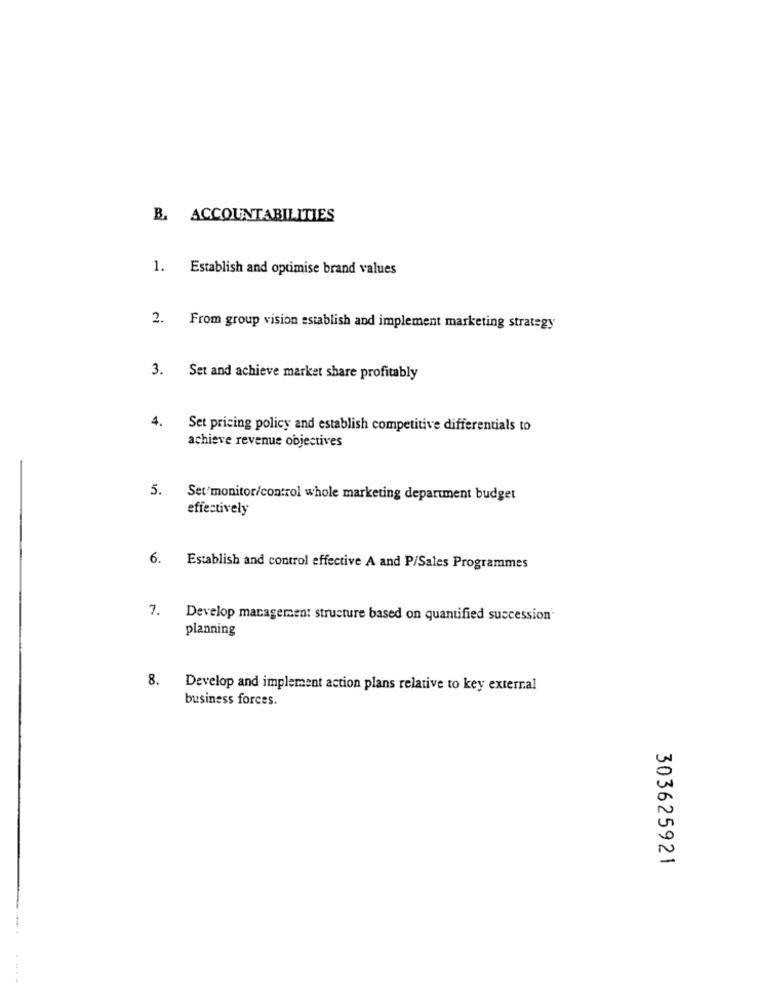
B. ACCOUNTABILITIES
1. Establish and optimise brand values
2. From group vision establish and implement marketing strategy
3. Set and achieve market share profitably
4.
Set pricing policy and establish competitive differentials to
achieve revenue objectives
5. Set/monitor/control whole marketing department budget
effectively
6. Establish and control effective A and P/Sales Programmes
7.
Develop managemen: structure based on quantified succession'
planning
8.
Develop and implement action plans relative to key external
business forces.
303625921
----